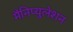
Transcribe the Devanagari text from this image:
मैनिप्युलेशन